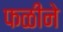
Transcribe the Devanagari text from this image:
फळीने